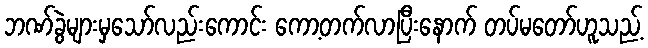
ဘဏ်ခွဲများမှသော်လည်းကောင်း ကော့တက်လာပြီးနောက် တပ်မတော်ဟူသည့်